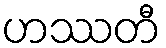
ဟဿတီ